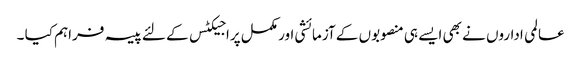
عالمی اداروں نے بھی ایسے ہی منصوبوں کے آزمائشی اور مکمل پراجیکٹس کے لئے پیسہ فراہم کیا ۔